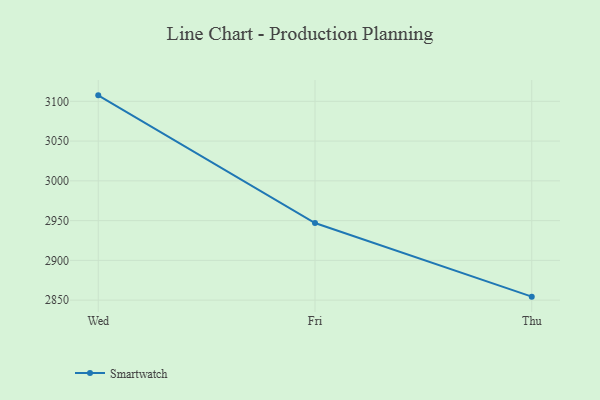
{"axis": {"x": "Day", "y": "Inventory Turnover"}, "legend": ["Smartwatch"], "data": [{"x": "Wed", "y": 3107.5, "type": "Smartwatch"}, {"x": "Fri", "y": 2947.0, "type": "Smartwatch"}, {"x": "Thu", "y": 2854.4, "type": "Smartwatch"}]}